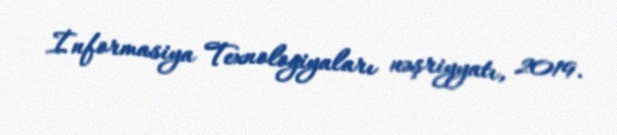
İnformasiya Texnologiyaları nəşriyyatı, 2019.